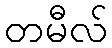
တမီလ်